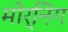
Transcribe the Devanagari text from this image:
मोर्निग